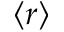
\left\langle r \right\rangle